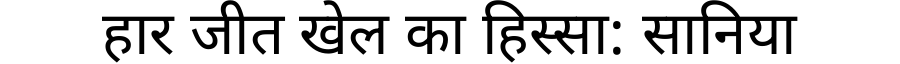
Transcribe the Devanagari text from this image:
हार जीत खेल का हिस्सा: सानिया